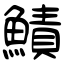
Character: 鰿